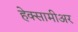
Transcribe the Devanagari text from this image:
हेक्सामीअर